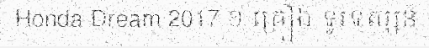
Honda Dream 2017 ១ គ្រឿង ទូរទស្សន៍